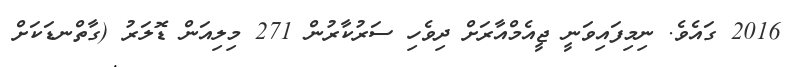
2016 ގައެވެ. ނިމިފައިވަނީ ޖީއެމްއާރަށް ދިވެހި ސަރުކާރުން 271 މިލިއަން ޑޮލަރު (ގާތްނޑަކަށް